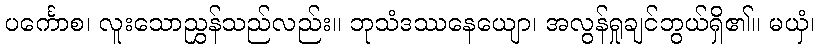
ပင်္ကောစ၊ လူးသောညွှန်သည်လည်း။ ဘုသံဒဿနေယျော၊ အလွန်ရှုချင်ဘွယ်ရှိ၏။ မယှံ၊